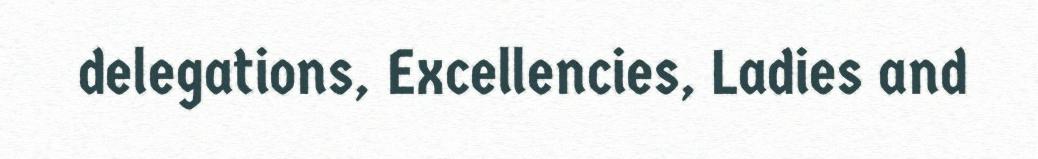
delegations, Excellencies, Ladies and